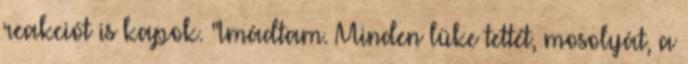
reakciót is kapok. "Imádtam. Minden lüke tettét, mosolyát, a